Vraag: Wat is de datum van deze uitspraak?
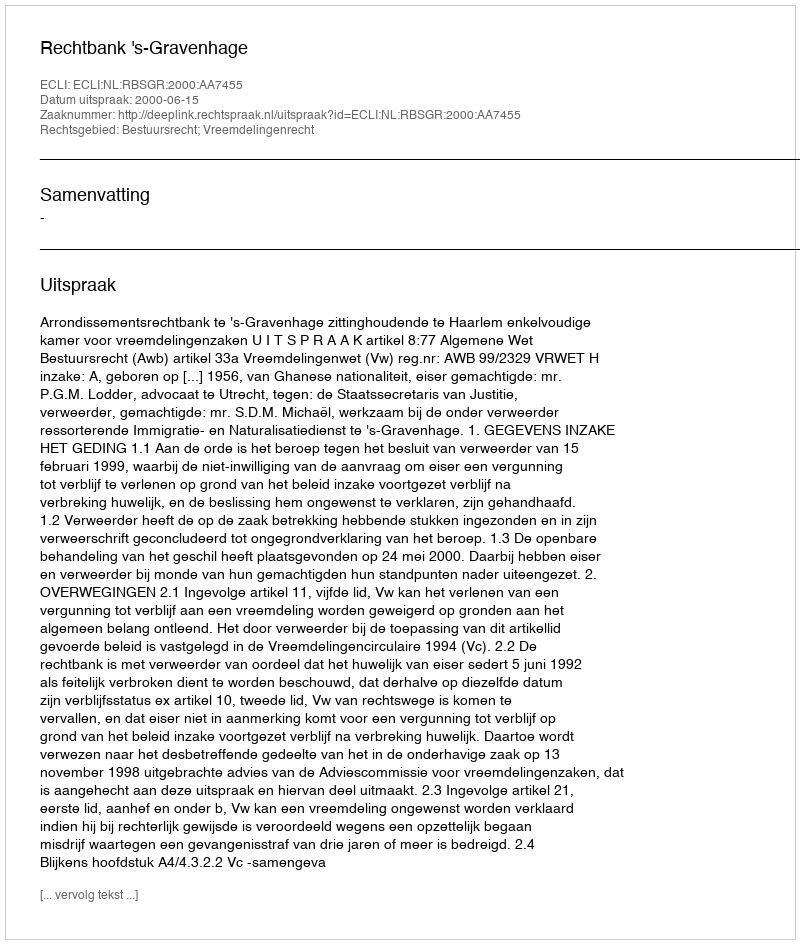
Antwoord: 2000-06-15